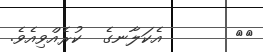
٣٦       އެކަލާނގެ  ކުރެއްވިއެވެ.